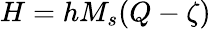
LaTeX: H=hM_{s}(Q-\zeta)